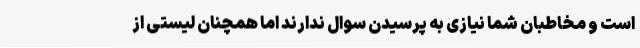
است و مخاطبان شما نیازی به پرسیدن سوال ندارند اما همچنان لیستی از